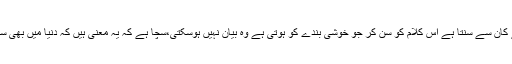
جسے بندہ آج پہلی بار اپنے کان سے سنتا ہے اس کلام کو سن کر جو خوشی بندے کو ہوتی ہے وہ بیان نہیں ہوسکتی،سچا ہے کہ یہ معنی ہیں کہ دنیا میں بھی سچا رہا اور آج بھی سچ بولا۔